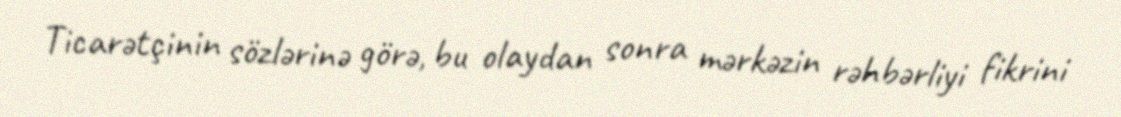
Ticarətçinin sözlərinə görə, bu olaydan sonra mərkəzin rəhbərliyi fikrini